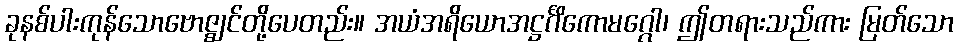
ခုနစ်ပါးကုန်သောဗောဇ္ဈင်တို့ပေတည်း။ အယံအရိယောအဋ္ဌင်္ဂိကောမဂ္ဂေါ၊ ဤတရားသည်ကား မြတ်သော